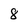
Character: 8